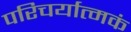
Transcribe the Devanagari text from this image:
परिचर्यात्मकं